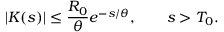
| K ( s ) | \le \frac { R _ { 0 } } { \theta } e ^ { - s / \theta } , \qquad s > T _ { 0 } .